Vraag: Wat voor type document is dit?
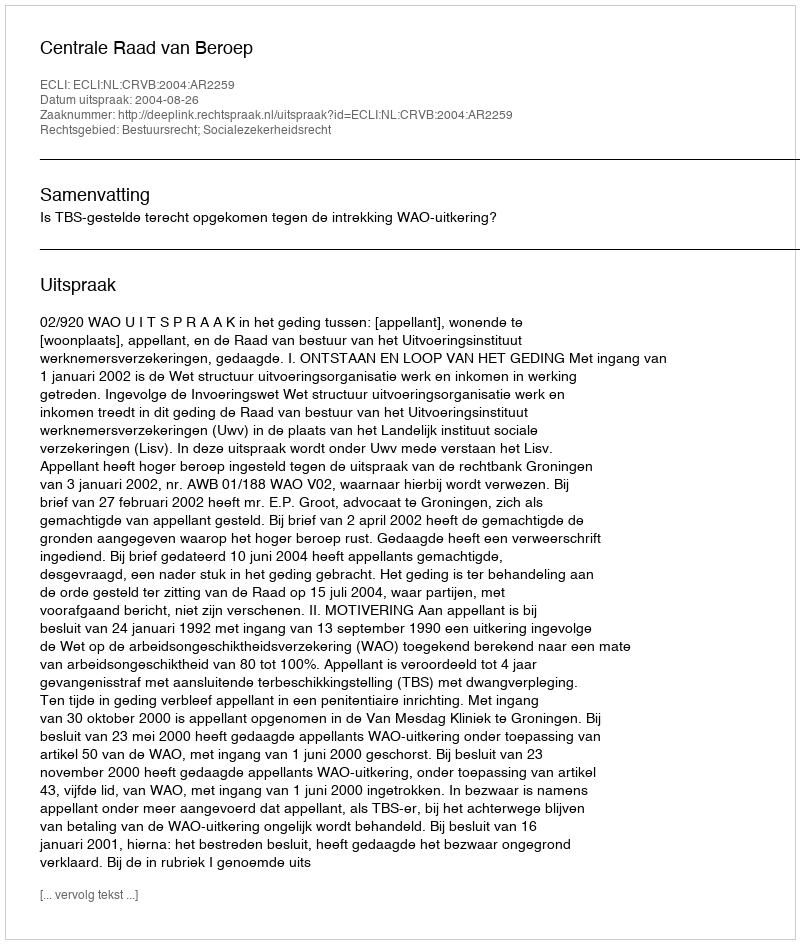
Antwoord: Uitspraak